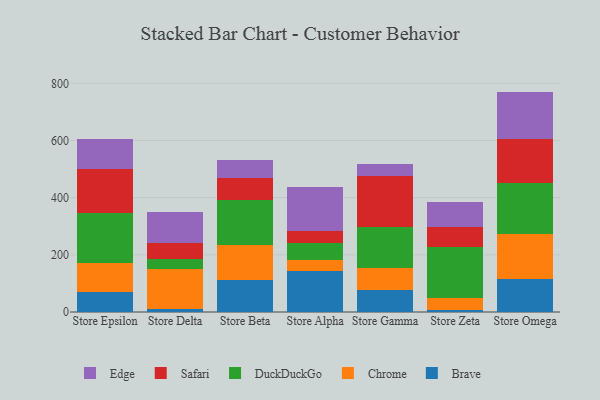
{"axis": {"x": "Store", "y": "Waste Production (Tons)"}, "legend": ["Brave", "Chrome", "DuckDuckGo", "Edge", "Safari"], "data": [{"x": "Store Epsilon", "y": 70.4, "type": "Brave"}, {"x": "Store Epsilon", "y": 99.5, "type": "Chrome"}, {"x": "Store Epsilon", "y": 176.4, "type": "DuckDuckGo"}, {"x": "Store Epsilon", "y": 153.5, "type": "Safari"}, {"x": "Store Epsilon", "y": 106.3, "type": "Edge"}, {"x": "Store Delta", "y": 10.4, "type": "Brave"}, {"x": "Store Delta", "y": 139.5, "type": "Chrome"}, {"x": "Store Delta", "y": 36.4, "type": "DuckDuckGo"}, {"x": "Store Delta", "y": 55.8, "type": "Safari"}, {"x": "Store Delta", "y": 109.3, "type": "Edge"}, {"x": "Store Beta", "y": 112.6, "type": "Brave"}, {"x": "Store Beta", "y": 121.7, "type": "Chrome"}, {"x": "Store Beta", "y": 158.2, "type": "DuckDuckGo"}, {"x": "Store Beta", "y": 77.2, "type": "Safari"}, {"x": "Store Beta", "y": 63.6, "type": "Edge"}, {"x": "Store Alpha", "y": 145.1, "type": "Brave"}, {"x": "Store Alpha", "y": 37.4, "type": "Chrome"}, {"x": "Store Alpha", "y": 58.2, "type": "DuckDuckGo"}, {"x": "Store Alpha", "y": 42.8, "type": "Safari"}, {"x": "Store Alpha", "y": 155.3, "type": "Edge"}, {"x": "Store Gamma", "y": 77.6, "type": "Brave"}, {"x": "Store Gamma", "y": 74.8, "type": "Chrome"}, {"x": "Store Gamma", "y": 144.2, "type": "DuckDuckGo"}, {"x": "Store Gamma", "y": 178.8, "type": "Safari"}, {"x": "Store Gamma", "y": 41.7, "type": "Edge"}, {"x": "Store Zeta", "y": 8.1, "type": "Brave"}, {"x": "Store Zeta", "y": 42.0, "type": "Chrome"}, {"x": "Store Zeta", "y": 177.5, "type": "DuckDuckGo"}, {"x": "Store Zeta", "y": 69.9, "type": "Safari"}, {"x": "Store Zeta", "y": 87.8, "type": "Edge"}, {"x": "Store Omega", "y": 116.6, "type": "Brave"}, {"x": "Store Omega", "y": 155.1, "type": "Chrome"}, {"x": "Store Omega", "y": 178.5, "type": "DuckDuckGo"}, {"x": "Store Omega", "y": 155.3, "type": "Safari"}, {"x": "Store Omega", "y": 165.5, "type": "Edge"}]}